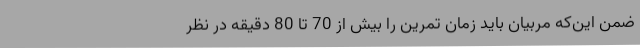
ضمن این‌که مربیان باید زمان تمرین را بیش از 70 تا 80 دقیقه در نظر